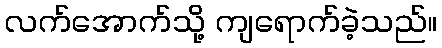
လက်အောက်သို့ ကျရောက်ခဲ့သည်။